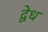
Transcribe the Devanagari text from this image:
द्वेध